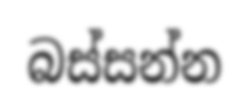
බස්සන්න